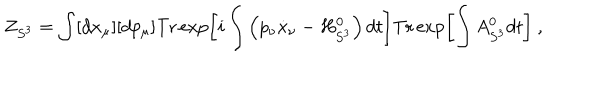
LaTeX: Z _ { S ^ { 3 } } = \int [ d x _ { \mu } ] [ d p _ { \mu } ] \mathrm { T r } \exp \left[ i \int \left( p _ { \nu } \dot { x } _ { \nu } - H _ { S ^ { 3 } } ^ { 0 } \right) d t \right] \mathrm { T r } \exp \left[ \int A _ { S ^ { 3 } } ^ { 0 } d t \right] \ ,